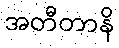
အတီတာနိ